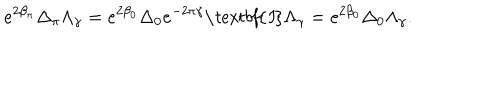
e ^ { 2 \beta _ { \pi } } \Delta _ { \pi } \Lambda _ { \gamma } = e ^ { 2 \beta _ { 0 } } \Delta _ { 0 } e ^ { - 2 \pi \gamma } \textit { \textbf { I } } \Lambda _ { \gamma } = e ^ { 2 \beta _ { 0 } } \Delta _ { 0 } \Lambda _ { \gamma } .